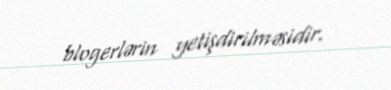
blogerlərin yetişdirilməsidir.